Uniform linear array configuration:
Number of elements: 48
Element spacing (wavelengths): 0.25
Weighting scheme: binomial
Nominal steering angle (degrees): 15
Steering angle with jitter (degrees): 16.931
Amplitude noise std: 0.05
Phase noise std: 0.05

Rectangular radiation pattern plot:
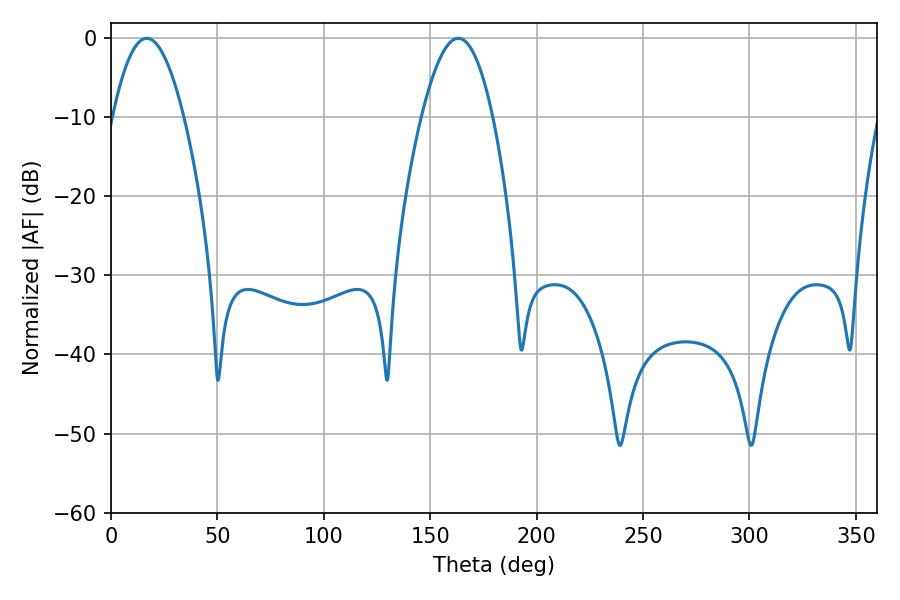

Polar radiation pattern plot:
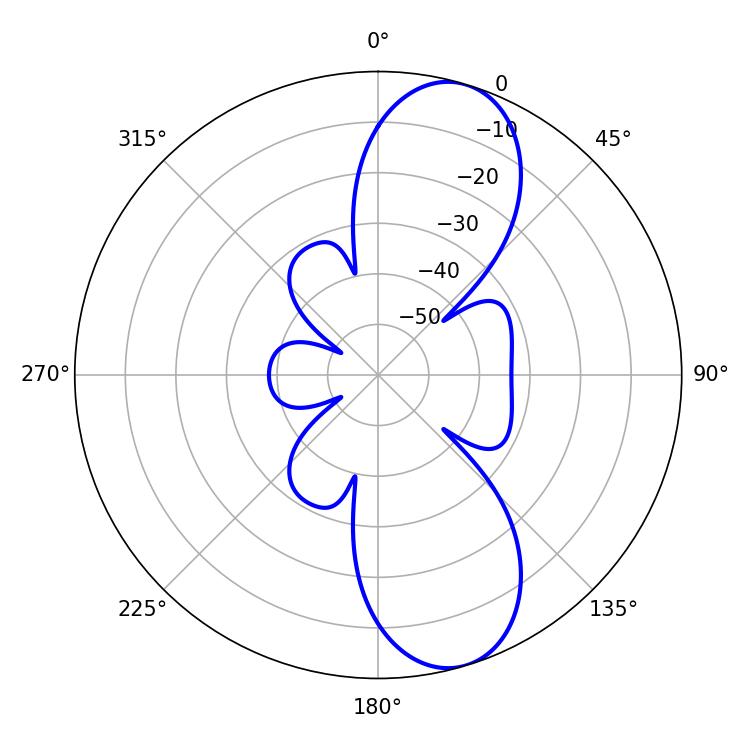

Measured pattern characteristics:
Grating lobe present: FALSE
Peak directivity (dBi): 9.979
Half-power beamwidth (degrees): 18.18
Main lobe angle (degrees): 16.74